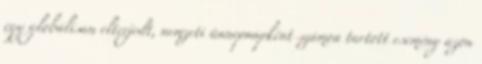
egy globálisan elterjedt, nemzeti ünnepnapként számon tartott esemény azon